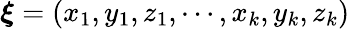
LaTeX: {\boldsymbol\xi}=(x_{1},y_{1},z_{1},\cdots,x_{k},y_{k},z_{k})